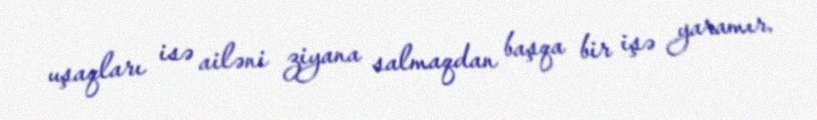
uşaqları isə ailəni ziyana salmaqdan başqa bir işə yaramır.